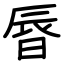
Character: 㫳